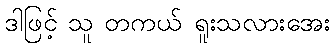
ဒါဖြင့် သူ တကယ် ရူးသလားအေး